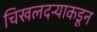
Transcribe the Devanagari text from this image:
चिखलदऱ्याकडून